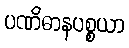
ပဏိဓာနပစ္စယာ